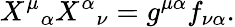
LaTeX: X^{\mu}{}_{\alpha}X^{\alpha}{}_{\nu}=g^{\mu\alpha}f_{\nu\alpha}.